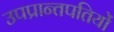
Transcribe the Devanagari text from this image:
उपप्रान्तपतियों